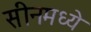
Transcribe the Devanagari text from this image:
सीनमध्ये